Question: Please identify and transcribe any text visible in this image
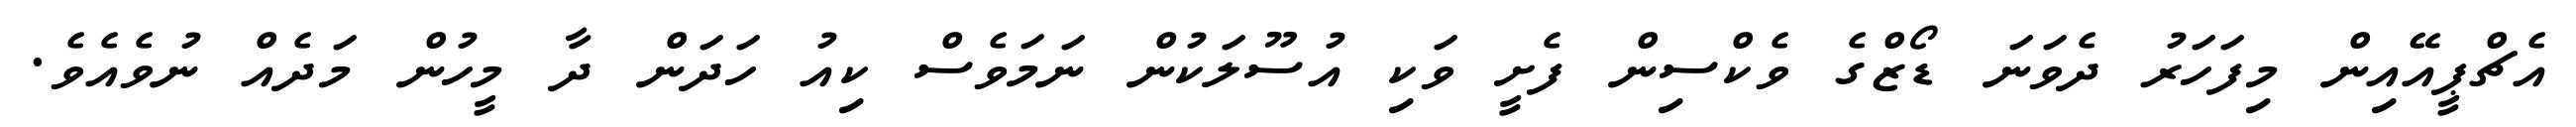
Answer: އެޗްޕީއޭއިން މިފަހަރު ދެވަނަ ޑޯޒްގެ ވެކްސިން ފެށީ ވަކި އުސޫލަކުން ނަމަވެސް ކިއު ހަދަން ދާ މީހުން މަދެއް ނުވެއެވެ.